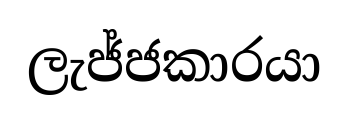
ලැජ්ජකාරයා